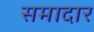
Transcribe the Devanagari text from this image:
समादार